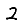
Digit: 2